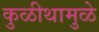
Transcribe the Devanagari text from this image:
कुळीथामुळे